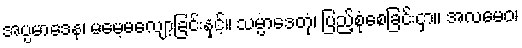
အပ္ပမာဒေန၊ မမေ့မလျော့ခြင်းနှင့်။ သမ္ပာဒေတုံ၊ ပြည့်စုံစေခြင်းငှာ။ အလမေဝ၊